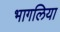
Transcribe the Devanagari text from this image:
भागलिया